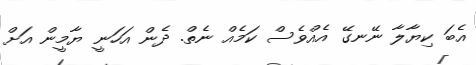
އެބަ ކިޔާލާ ނޭނގޭ އެއްވެސް ކަމެއް ނެތް. ދެން އަހަނީ ޔާމީން އަށް